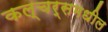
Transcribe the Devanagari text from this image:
कल्चर्समधील